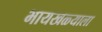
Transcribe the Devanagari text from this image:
भायखळ्याला